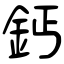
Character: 鈣